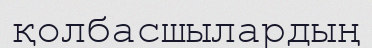
қолбасшылардың